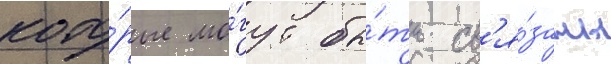
кото́рые мо́гут бы́ть св'я́заны